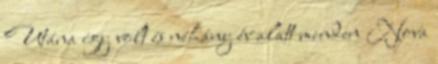
Utána így volt és néhány év alatt minden Nova